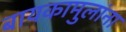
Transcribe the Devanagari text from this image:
बायकामुलांना